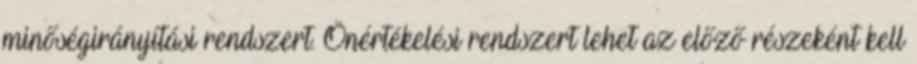
minőségirányítási rendszert. Önértékelési rendszert lehet az előző részeként kell